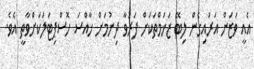
އެއީ ވަޒަން އަރައިގެން ލިބޭ ޒަޚަމްތަކަށް ފަރުވާ ދިނުމަށް ޚާއްސަ ހޮސްޕިޓަލަކަށްވާތީ އެވެ.